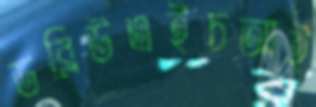
ডব্লিউএইচআই